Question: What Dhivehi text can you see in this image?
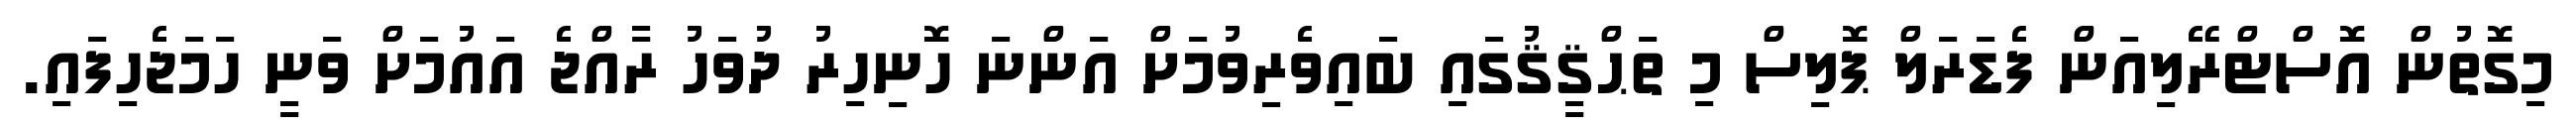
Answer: މިގޮތުން އޮސްޓްރޭލިއަން ފެޑަރަލް ޕޮލިސް މި ތަޙްޤީޤުގައި ބައިވެރިވުމަށް އަންނަ ހޮނިހިރު ދުވަހު ރާއްޖެ އައުމަށް ވަނީ ހަމަޖެހިފައި.